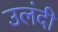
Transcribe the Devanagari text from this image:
उलंदी